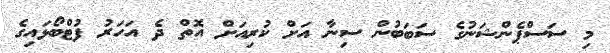
މި ސަސްޕެންޝަނުގެ ސަބަބުން ސިނާ އަށް ކުރިއަށް އޮތް ދެ އަހަރު ފުޓްބޯޅައިގެ